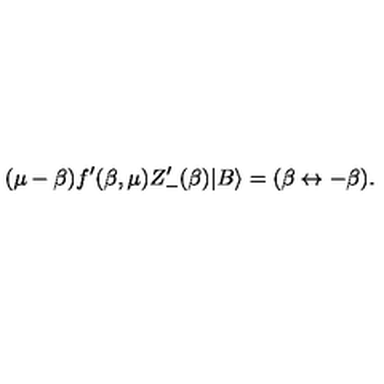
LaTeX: ( \mu - \beta ) f ^ { \prime } ( \beta , \mu ) Z _ { - } ^ { \prime } ( \beta ) | B \rangle = ( \beta \leftrightarrow - \beta ) .